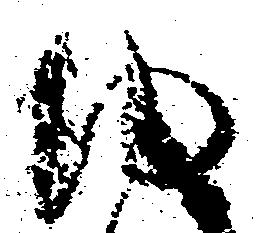
ゆ